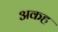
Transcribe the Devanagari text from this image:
अकह